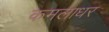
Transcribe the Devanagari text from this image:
कमलाधर